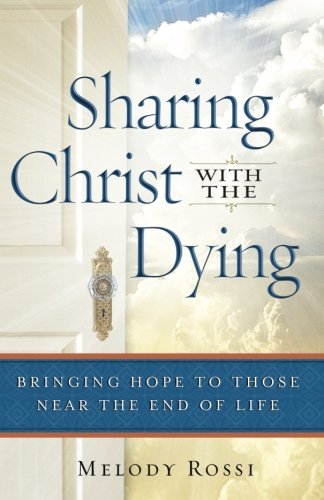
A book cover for Sharing Christ With the Dying: Bringing Hope to Those Near the End of Life; Melody Rossi; Christian Books & Bibles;